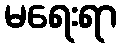
မရေးရာ